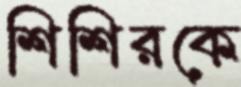
শিশিরকে